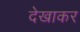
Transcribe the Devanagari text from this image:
देखाकर